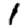
Digit: 1